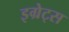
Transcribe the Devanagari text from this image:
इग्रेट्स